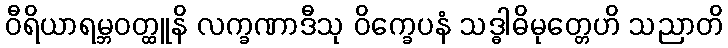
ဝီရိယာရမ္ဘဝတ္ထူနိ လက္ခဏာဒီသု ဝိက္ခေပနံ သဒ္ဓါဓိမုတ္တေဟိ သညာတိ